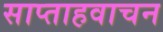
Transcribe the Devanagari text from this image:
साप्ताहवाचन